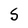
Character: s